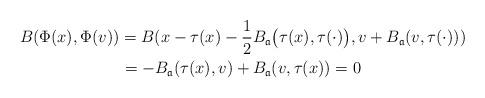
LaTeX: \begin{gather*}B(\Phi(x),\Phi(v))=B(x-\tau(x)-\frac{1}{2}B_{\mathfrak a}\big(\tau(x),\tau(\cdot)\big),v+B_{\mathfrak a}(v,\tau(\cdot)))\\=-B_{\mathfrak a}(\tau(x),v)+B_{\mathfrak a}(v,\tau(x))=0\end{gather*}